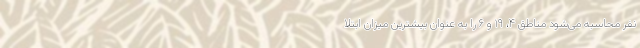
نفر محاسبه می‌شود مناطق ۴، ۱۹ و ۶ را به عنوان بیشترین میزان ابتلا